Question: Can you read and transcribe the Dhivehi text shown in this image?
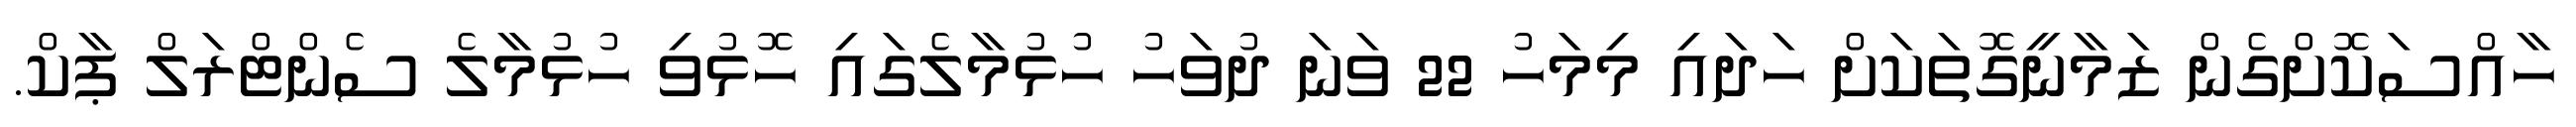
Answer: ހާއްސަކޮށްގެން ޒަމާނީގޮތަކަށް ހަދައި މިމަހު 22 ވަނަ ދުވަހު ހުޅުމާލެގައި ހޮޅުވި ހުޅުމާލެ ސެންޓްރަލް ޕާކް.